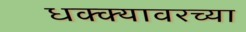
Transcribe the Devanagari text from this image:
धक्क्यावरच्या